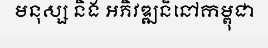
មនុស្ស និង អភិវឌ្ឍន៏នៅកម្ពុជា